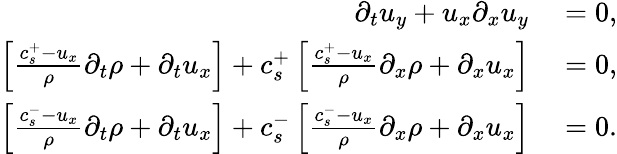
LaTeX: \begin{array}{rl}{\partial_{t}u_{y}+u_{x}\partial_{x}u_{y}}&{{}=0,}\\ {\left[\frac{c_{s}^{+}-u_{x}}{\rho}\partial_{t}\rho+\partial_{t}u_{x}\right]+c_{s}^{+}\left[\frac{c_{s}^{+}-u_{x}}{\rho}\partial_{x}\rho+\partial_{x}u_{x}\right]}&{{}=0,}\\ {\left[\frac{c_{s}^{-}-u_{x}}{\rho}\partial_{t}\rho+\partial_{t}u_{x}\right]+c_{s}^{-}\left[\frac{c_{s}^{-}-u_{x}}{\rho}\partial_{x}\rho+\partial_{x}u_{x}\right]}&{{}=0.}\end{array}